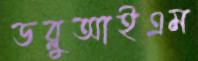
ডব্লুআইএম